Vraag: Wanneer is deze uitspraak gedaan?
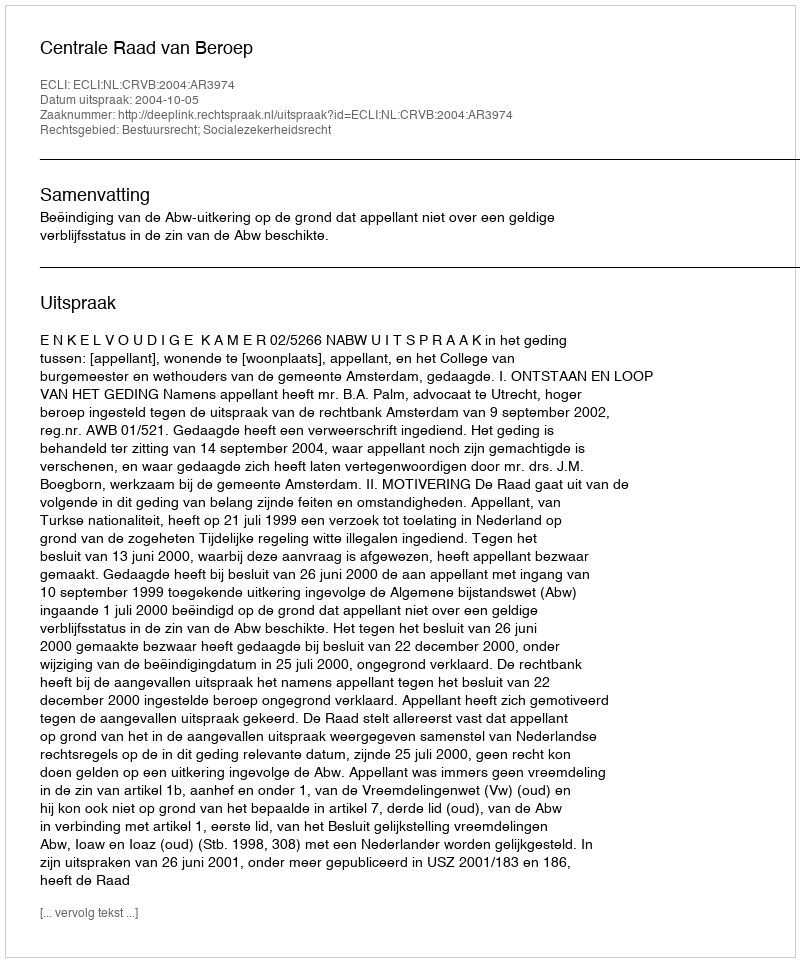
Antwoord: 2004-10-05